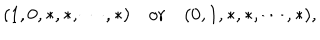
( 1 , 0 , * , * , \cdots , * ) \quad \mathrm { o r } \quad ( 0 , 1 , * , * , \cdots , * ) ,